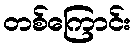
တစ်ကြောင်း